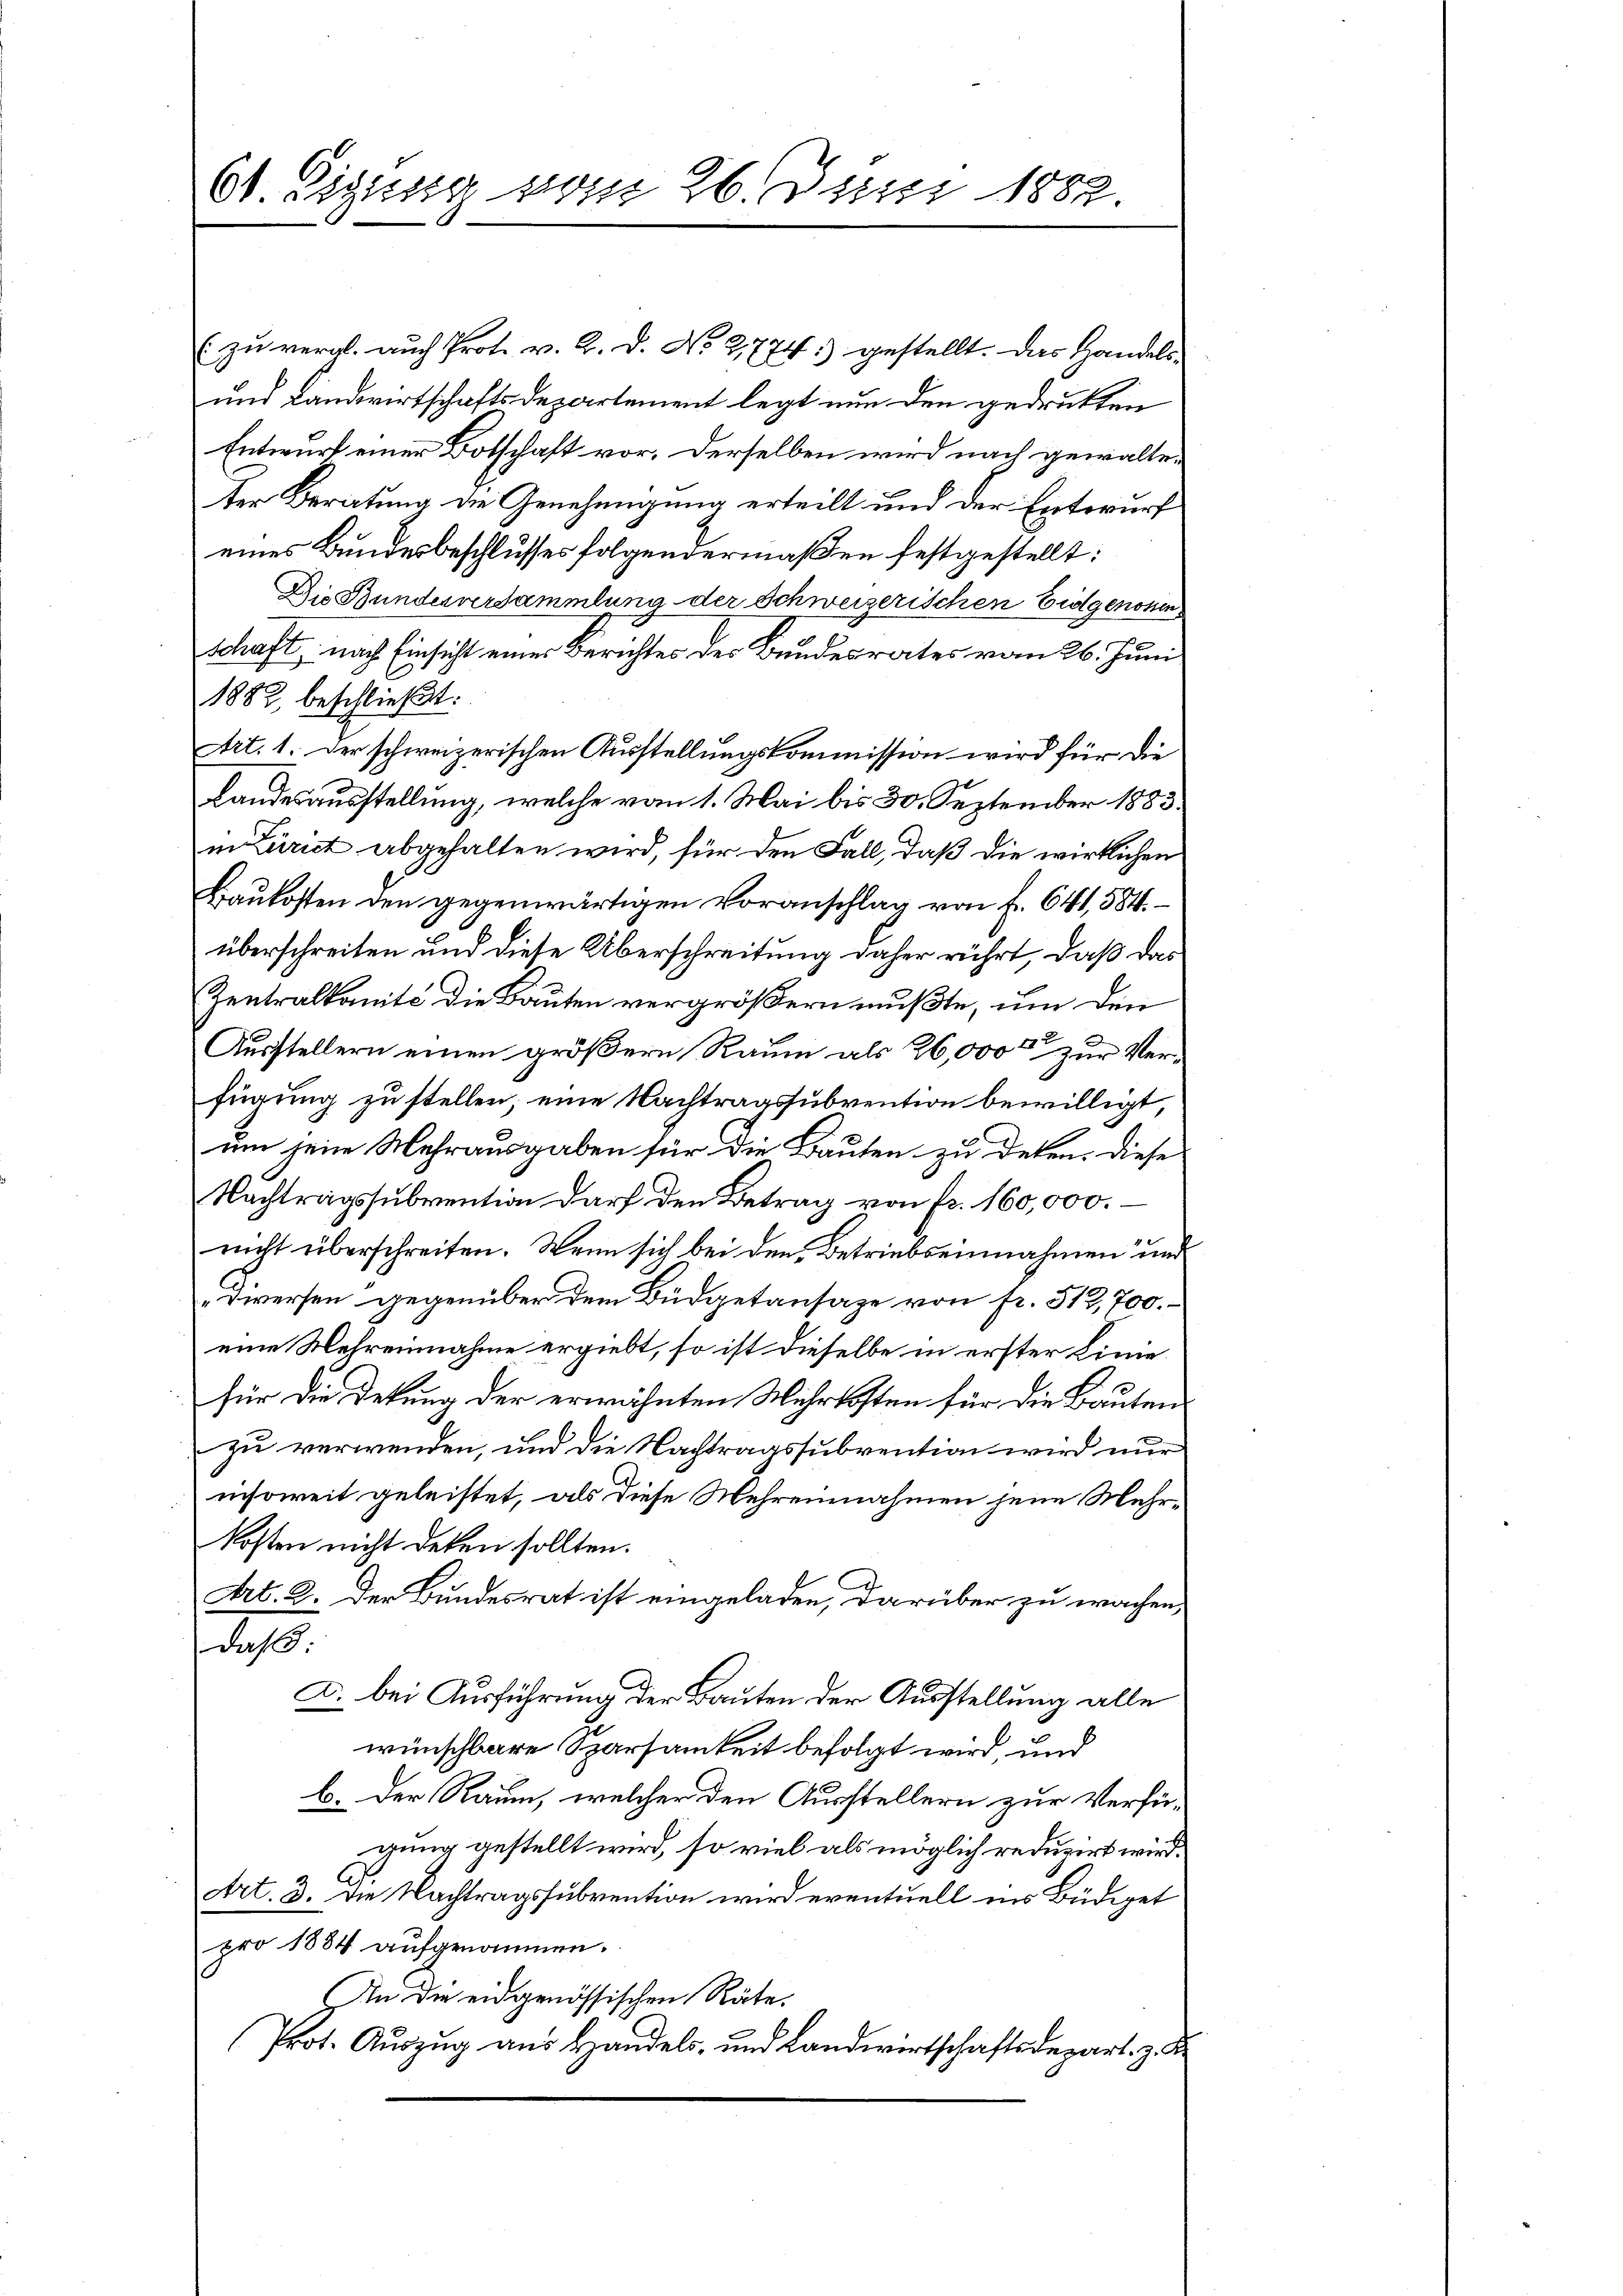
Ot Eigisseg von 26. Juni 1882.

zu vergl. auch Prot. v. M. D. No. 2774. gestellt. Das Handels-
und Landwirtschaftsdepartement legt nun den gedrukten
Entwurf einer Botschaft vor. Derselben wird nach gewalteter Beratung die Genehmigung erteilt und der Entwurf
eines Bundesbeschlusses folgendermaßen festgestellt:
Die Bundesversammlung der Schweizerischen Eidgenoßen
schaft, nach Einsicht einer Berichtes des Bundesrates vom 26. Juni
1882, beschließt:
Art. 1. Der schweizerischen Ausstellungskommission wird für die
Landesausstellung, welche vom 1. Mai bis 30. September 1883.
in Zürich abgehalten wird, für den Fall, daß die wirklichen
Baukosten den gegenwärtigen Voranschlag von f. 641, 584.
überschreiten und diese Überschreitung daher rührt, daß das
Zentralkomité die Bauten vergrößern mußte, um den
Ausstellern einen größern Raum als 26,000 zur Verfügung zu stellen; eine Nachtragssubvention bewilligt,
um jene Mehrausgaben für die Bauten zu deten. Diese
Nachtragssubvention darf den Betrag von fr. 160,000.
nicht überschreiten. Wenn sich bei den Betriebseinnahmen und
rwerfen gegenüber dem Büdgetansaze von fr. 512,700.
eine Mehreinnahme ergiebt, so ist dieselbe in erster Linie
für die Dekung der erwähnten Mehrkosten für die Bauten
zu verwenden, und die Nachtragssubvention wird nur
insoweit geleistet, als diese Mehreinnahmen jene Mehrkosten nicht deken sollten.
Art. 2. Der Bundesrat ist eingeladen, darüber zu wachen,
.
A. bei Ausführung der Bauten der Ausstellung alle
wünschbare Sparsamkeit befolgt wird, und
b. Der Raum, welcher den Ausstellern zur Verfügung gestellt wird, so viel als möglich reduzirt wird.
Art. 3. Die Nachtragssubvention wird eventuell ins Büdiget
pro 1884 aufgenommen.
An die eidgenössischen Räte.
Prot. Auszug aus Handels- und Landwirtschaftsdepart. z. B